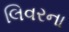
લિવરના